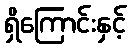
ရှိကြောင်းနှင့်